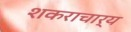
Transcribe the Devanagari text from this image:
शकराचार्य